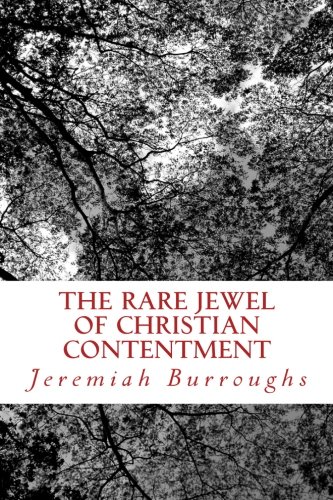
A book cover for The Rare Jewel Of Christian Contentment; Jeremiah Burroughs; Christian Books & Bibles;